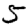
Digit: 5